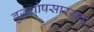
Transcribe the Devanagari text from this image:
बुद्धघोषसारख्या